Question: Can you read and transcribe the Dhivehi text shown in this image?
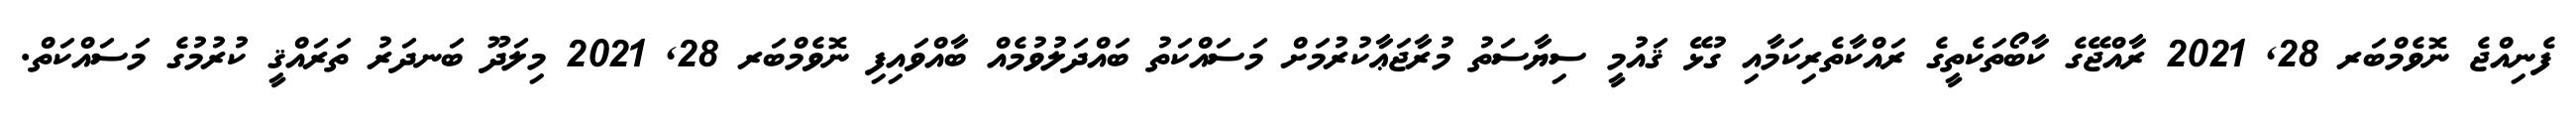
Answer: ފެނިއްޖެ ނޮވެމްބަރ 28, 2021 ރާއްޖޭގެ ކާބޯތަކެތީގެ ރައްކާތެރިކަމާއި ގުޅޭ ޤައުމީ ސިޔާސަތު މުރާޖަޢާކުރުމަށް މަސައްކަތު ބައްދަލުވުމެއް ބާއްވައިފި ނޮވެމްބަރ 28, 2021 މިލަދޫ ބަނދަރު ތަރައްޤީ ކުރުމުގެ މަސައްކަތް.